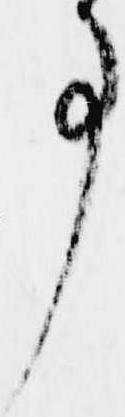
事